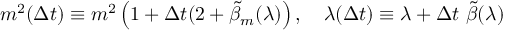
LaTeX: m ^ { 2 } ( \Delta t ) \equiv m ^ { 2 } \left( 1 + \Delta t ( 2 + \tilde { \beta } _ { m } ( \lambda ) \right) , \quad \lambda ( \Delta t ) \equiv \lambda + \Delta t ~ \tilde { \beta } ( \lambda )